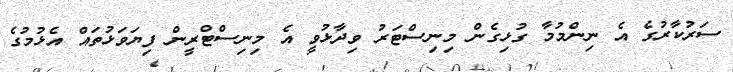
ސަރުކާރުގެ އެ ނިންމުމާ ގުޅިގެން މިނިސްޓަރު ވިދާޅުވީ އެ މިނިސްޓްރީން ފިޔަވަޅުތައް އެޅުމުގެ